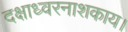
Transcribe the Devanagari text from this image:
दक्षाध्वरनाशकाय।